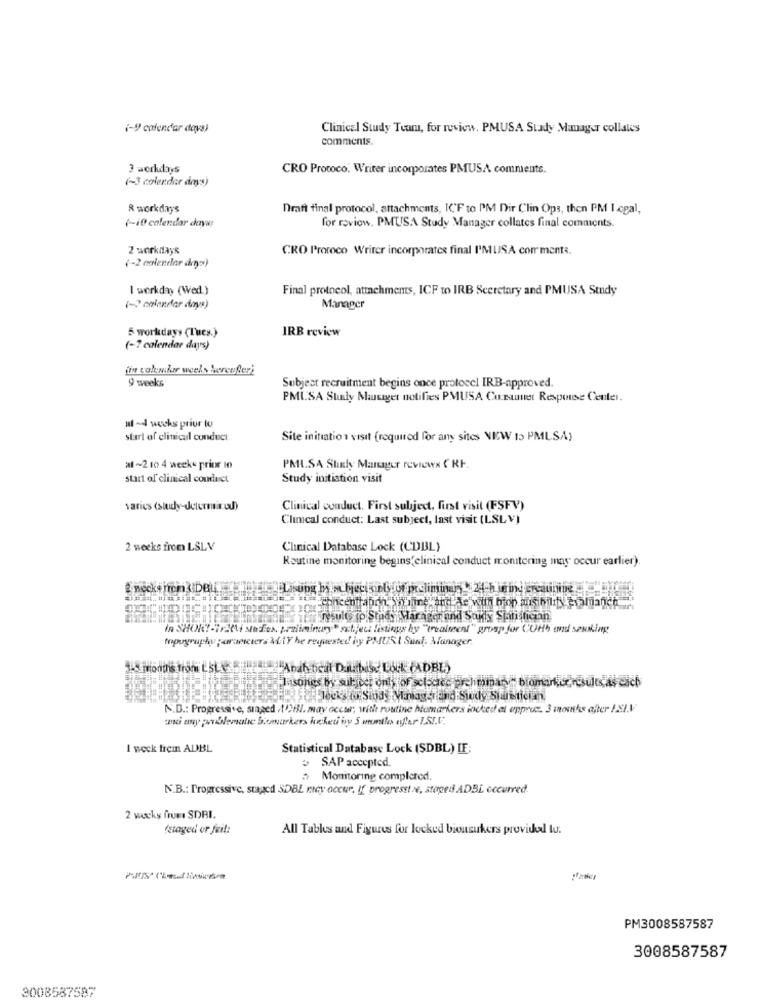
(-9 calendar days)
Clinical Study Team, for review. PMUSA Stady Manager collales
comments.
3 workdays
CRO Protoco. Writer incorporates PMUSA comments.
(-3 calendar days)
& workdays
Draft final protocol, attachments, ICF to PM Dir Clin Ops, then PM I cgal,
(-10 calendar days!
for roviow. PMUSA Study Manager collates final comments.
2 workdays
CRO Protoco Writer incorporates final I'MUSA comment :.
(-2 calendar days)
I workday (Wed.)
Final protocol, attachments, ICF to IRB Sceretary and PMUSA Study
(- olander days)
Manager
5 workdayy (Tues.)
IRB review
(-7 calendar days)
9 weeks
Subject recruitment begins once protocel IRB-approved.
PMUSA Study Mataget notifies PMUSA Co.rauner Response Center.
ut~4 weeks prior to
start of clinical conduct
Site initiation visit (required for any sites NEW 15 PMLSA)
af~2 10 4 weeks prior in
PMI.SA Study Manager reviewx ( RF.
start of clinical couduet
Study initiation visit
varies (study-determinud)
Clinical conduct. First subject, first visit (FSFV)
Clinical conduct: Last subject, last visit (LSLV)
2 weeks from LSLV
Clinical Database Lock (CDBL)
Routine monitoring begins(clinical conduct monitoring may occur earlier).
mail it insulte ip Stads Marager and Sokly Statistican
in SHORT-Tri stafex. preliminary" sztject listings hy "(realment" group for CUHh and seuking
topography parameters ALLY he requested by PMUSI Sunt. Manager.
Insones by sul ter only of scloccc prehnmary e bromanice results as cach
Flecks to Study Manager and Study Sharetician
N.D .: Progressive, singed DI. may occur; with routine biomarkers ioched al oppruc. 3 months after 191.V
cui any preblematic Ditmarkers krketi iny 5 months efter IST.V.
I weck frem ALBL
Statistical Database Lock (SDBL) IF:
SAP accepted.
a Monitoring complered.
N.B .: Progressive, staged SDBL ricy occur, If progresstwe, stoned ADBL occurred.
2 wuchs frum SDBI.
(staged or fuit:
All Tables and Figures for locked bionsukers provided lu:
PM3008587587
3008587587
3008587597